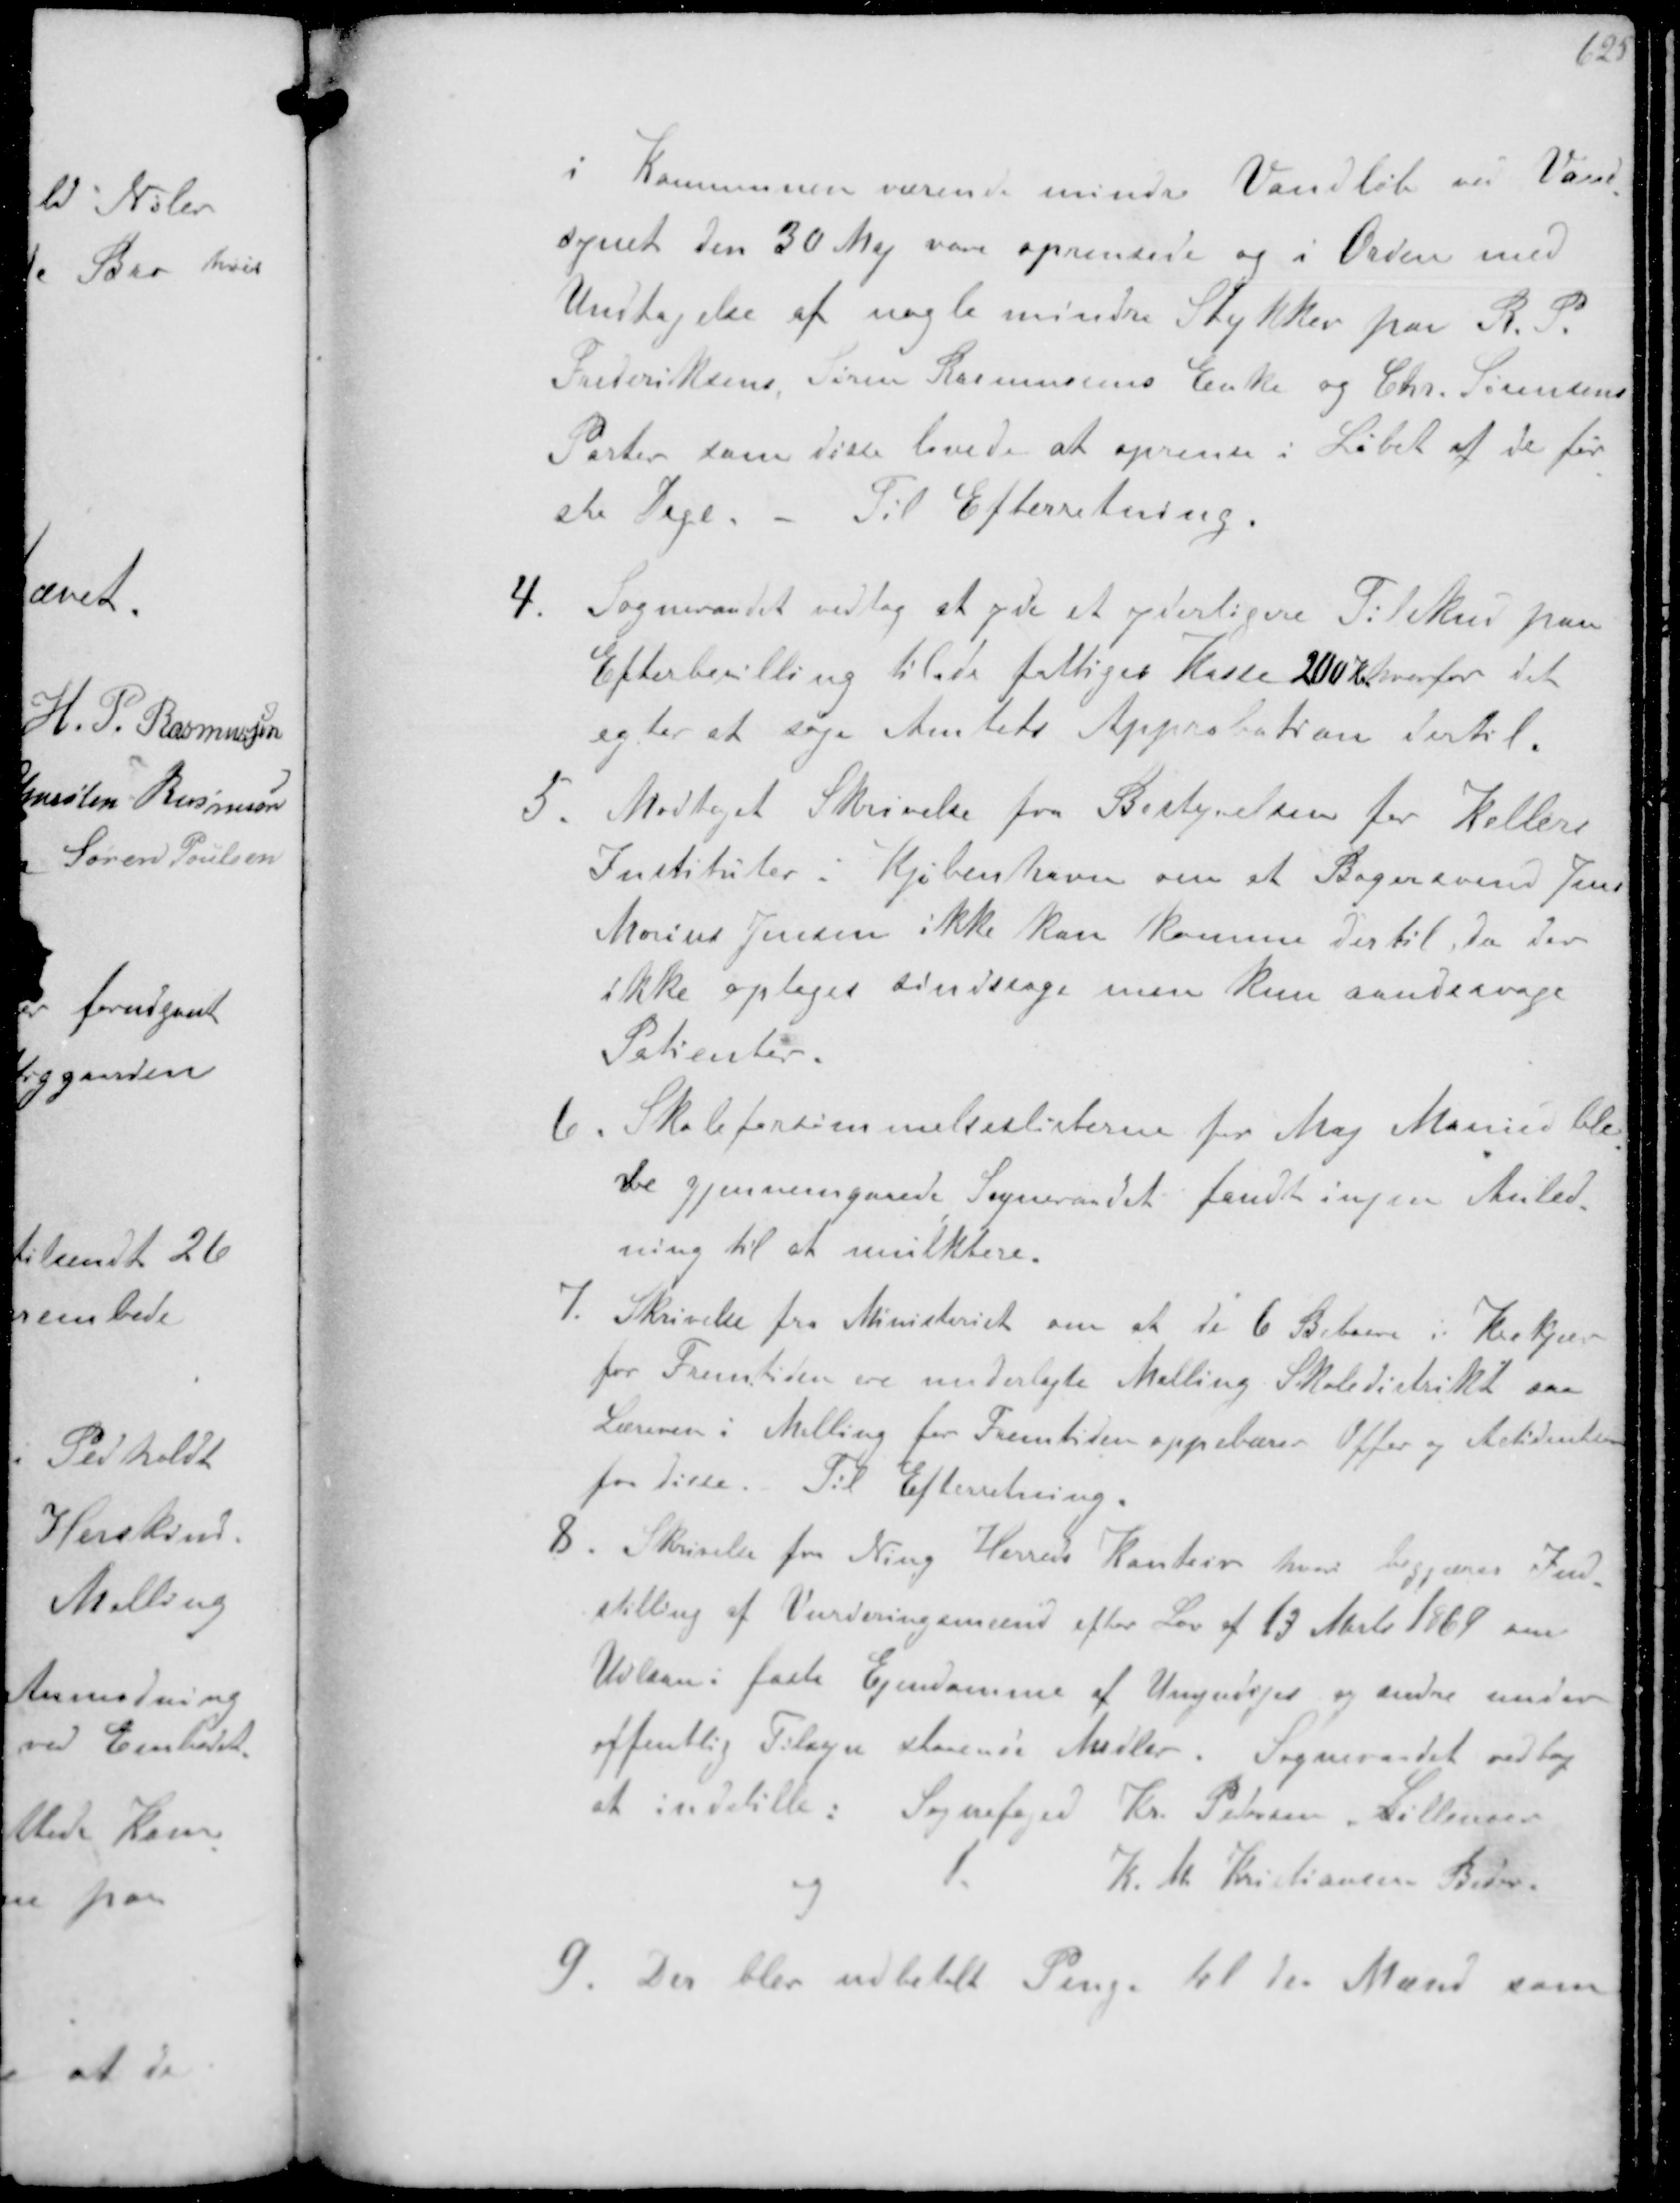
Transskription:
i Kommunen værende mindre Vandløb ved Vand-
synet den 30 Maj vare oprensede og i Orden med
Undtagelse af nogle mindre Stykker paa R P .
Frederiksens Søren Rasmussens Enke og Chr. Sørensens
Parter som disse lovede at oprense i Løbet af de før-
ste Dage. Til Efterretning.
4. Sogneraadet vedtog at et yderligere Tilskud paa
Efterbevilling til fattiges kasse 200 Kr hvorfor det
agter at søge Amtets Approbation dertil
5. Modtaget Skrivelse fra Bestyrelsen for Kellers
Instituter i Kjøbenhavn om at Bagersvend Jens
Marius Jensen ikke kan komme dertil, da der
ikke optages sindtage men kun aandsvage
Patienter
6. Skoleforsømmelseslisterne for Maj Maaned ble-
ve gjennemgaaede Sogneraadet fandt ingen Anled-
ning til at mulktere.
7. Skrivelse fra Ministeriet om at de 6 Beboere i Krejær
for Fremtiden ere underlagte Malling Skoledistrikt saa
Læreren i Malling for Fremtiden oppebærer Offer og Actidender
for disse. Til Efterretning.
8. Skrivelse fra Ning Herres Kontor hvor begjæres Ind-
stilling af Vurderingsmænd efter Lov af 13 Marts 1869 om
Udlaan i faste Ejendomme af Umyndiges og andre under
offentlig Tilsyn staaende Midler. Sogneraadet vedtog
at indstille Sognefoged Kr. Petersen Lillenoer
og
K. M. Kristiansen Beder.
9. der blev udbetalt Penge til den Mand som